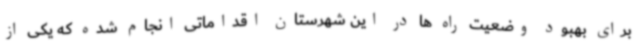
برای بهبود وضعیت راه ها در این شهرستان اقداماتی انجام شده که یکی از